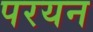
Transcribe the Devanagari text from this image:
परयन